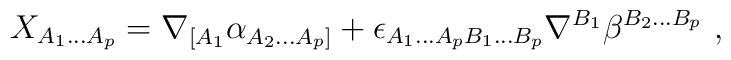
X_{A_1...A_p} = \nabla_{[A_1}\alpha_{A_2...A_p]} +\epsilon_{A_1...A_pB_1...B_p}\nabla^{B_1}\beta^{B_2...B_p}\ ,